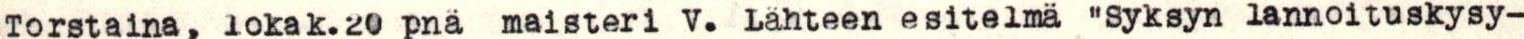
Torstaina, lokak.20 pnä maisteri V. Lähteen esitelmä "Syksyn lannoituskysy-